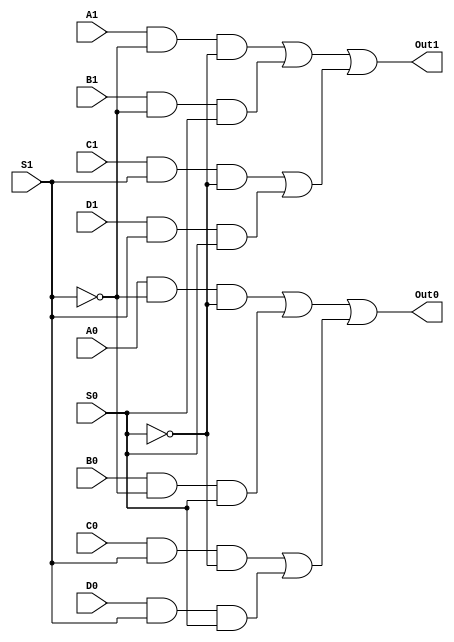
`timescale 1 ns/1 ns

module Mux_4x1_2bit_gate(A1, A0, B1, B0, C1, C0, D1, D0, S1, S0, Out1, Out0);
    
   input A1, A0, B1, B0, C1, C0, D1, D0;
   input S1, S0;
   output Out1, Out0;

   wire N1, N2, N3, N4, N5, N6, N7, N8, N9 ,N10, N11, N12, N13, N14, N15, N16, N17, N18, N19, N20, N21, N22;

   not Inv_1(N1, S1);
   not Inv_2(N2, S0);

   and And_1(N3, A1, N1);
   and And_2(N4, N3, N2);
   and And_3(N5, B1, N1);
   and And_4(N6, N5, S0);
   and And_5(N7, C1, S1);
   and And_6(N8, N7, N2);
   and And_7(N9, D1, S1);
   and And_8(N10, N9, S0);

   or Or_1(N11, N4, N6);
   or Or_2(N12, N8, N10);
   or Or_3(Out1, N11, N12);


   and And_9(N13, A0, N1);
   and And_10(N14, N13, N2);
   and And_11(N15, B0, N1);
   and And_12(N16, N15, S0);
   and And_13(N17, C0, S1);
   and And_14(N18, N17, N2);
   and And_15(N19, D0, S1);
   and And_16(N20, N19, S0);

   or Or_4(N21, N14, N16);
   or Or_5(N22, N18, N20);
   or Or_6(Out0, N21, N22);

endmodule